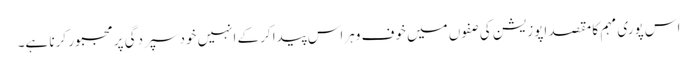
اس پوری مہم کا مقصد اپوزیشن کی صفوں میں خوف وہراس پیدا کرکے انہیں خود سپردگی پر مجبور کرنا ہے۔